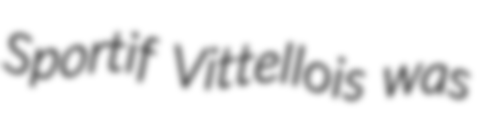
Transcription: Sportif Vittellois was